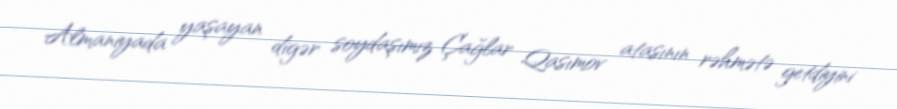
Almaniyada yaşayan digər soydaşımız Çağlar Qasımov atasının rəhmətə getdiyini